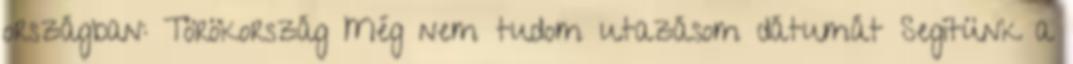
országban: Törökország Még nem tudom utazásom dátumát Segítünk a